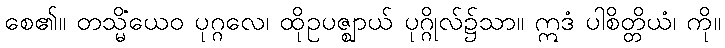
စေ၏။ တသ္မိံယေဝ ပုဂ္ဂလေ၊ ထိုဥပဇ္ဈာယ် ပုဂ္ဂိုလ်၌သာ။ ဣဒံ ပါစိတ္တိယံ၊ ကို။